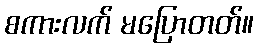
စကားလက် မပြောတတ်။